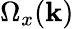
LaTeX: \Omega_{x}(\mathbf{k})